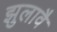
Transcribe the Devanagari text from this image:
झुलावै